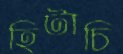
হিটাচি